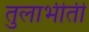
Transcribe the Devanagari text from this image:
तुलाभीती